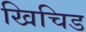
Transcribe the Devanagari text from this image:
खिचिड